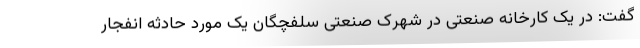
گفت: در یک کارخانه صنعتی در شهرک صنعتی سلفچگان یک مورد حادثه انفجار